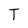
Character: T